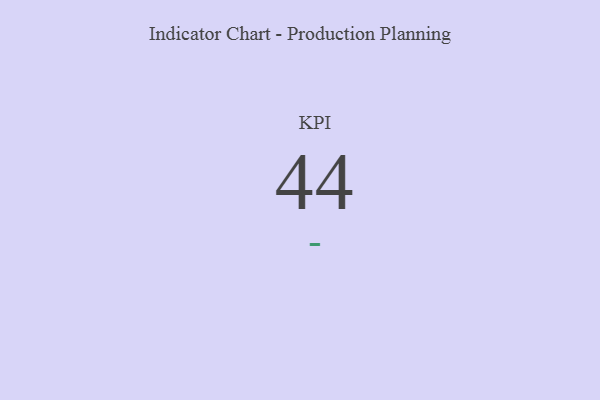
{"axis": {"x": "KPI", "y": "Value"}, "legend": [""], "data": [{"x": "KPI", "y": 44, "type": ""}]}